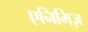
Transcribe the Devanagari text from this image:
एनिमिज़